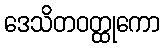
ဒေသိတဝတ္ထုကော